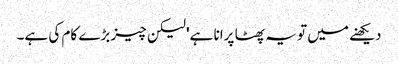
دیکھنے میں تو یہ پھٹا پرانا ہے' لیکن چیز بڑے کام کی ہے۔